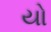
યો